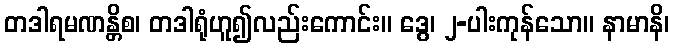
တဒါရမဏန္တိစ၊ တဒါရုံဟူ၍လည်းကောင်း။ ဒွေ၊ ၂-ပါးကုန်သော။ နာမာနိ၊